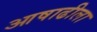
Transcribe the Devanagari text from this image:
आषाढीला